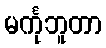
မင်္ကုဘူတာ